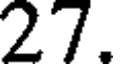
27.